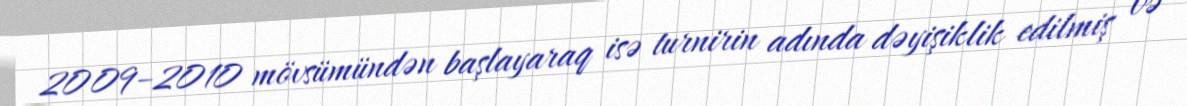
2009–2010 mövsümündən başlayaraq isə turnirin adında dəyişiklik edilmiş və